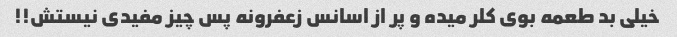
خیلی بد طعمه بوی کلر میده و پر از اسانس زعفرونه پس چیز مفیدی نیستش!!